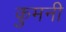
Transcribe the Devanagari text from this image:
कुमनी